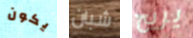
يكون شبان يريح